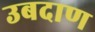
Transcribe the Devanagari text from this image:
उबदाण